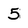
Character: 5